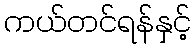
ကယ်တင်ရန်နှင့်